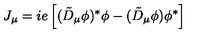
J _ { \mu } = i e \left[ ( \tilde { D } _ { \mu } \phi ) ^ { * } \phi - ( \tilde { D } _ { \mu } \phi ) \phi ^ { * } \right]